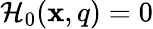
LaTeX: \mathcal{H}_{0}(\mathbf{x},q)=0